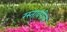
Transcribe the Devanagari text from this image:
रस्तांवरील